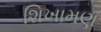
શિખામણ